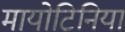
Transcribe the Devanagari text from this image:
मायोटिनिया